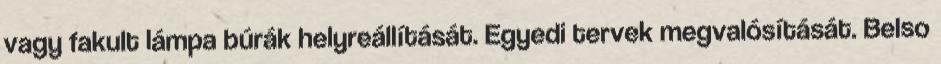
vagy fakult lámpa búrák helyreállítását. Egyedi tervek megvalósítását. Belso